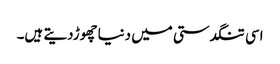
اسی تنگدستی میں دنیاچھوڑدیتے ہیں۔